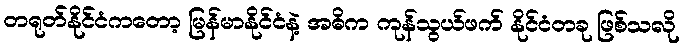
တရုတ်နိုင်ငံကတော့ မြန်မာနိုင်ငံနဲ့ အဓိက ကုန်သွယ်ဖက် နိုင်ငံတခု ဖြစ်သလို